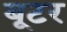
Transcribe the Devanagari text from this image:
बूटर